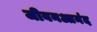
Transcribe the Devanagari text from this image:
जीबनआनंद